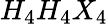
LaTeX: H_{4}H_{4}X_{4}